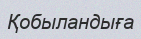
Қобыландыға